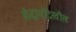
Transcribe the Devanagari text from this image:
बौद्धांचीदेखील